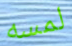
لمسه